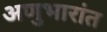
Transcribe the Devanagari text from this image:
अणुभारांत